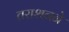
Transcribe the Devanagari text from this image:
तराशनने